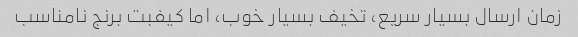
زمان ارسال بسیار سریع، تخیف بسیار خوب، اما کیفبت برنج نامناسب